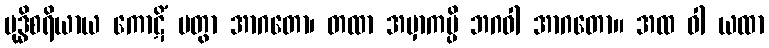
ဗုဒ္ဓိစရိယာယ ကောဋိံ ပတွာ အာဂတော၊ တထာ အမှာကမ္ပိ ဘဂဝါ အာဂတော။ အထ ဝါ ယထာ